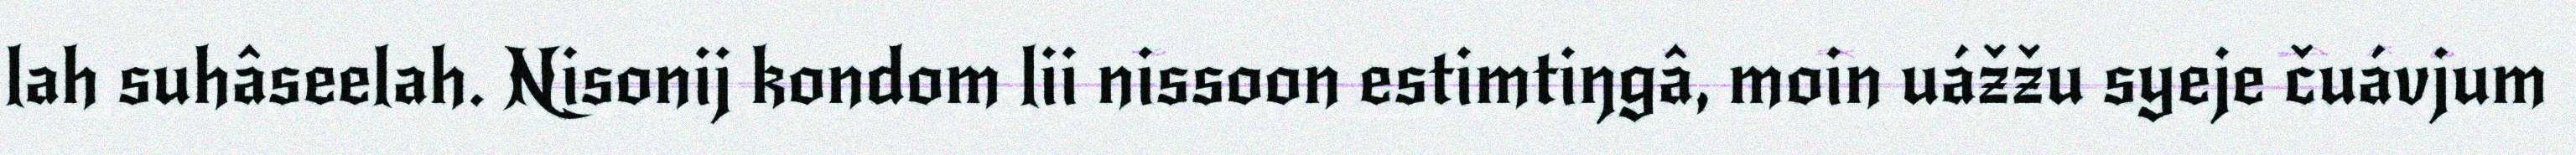
lah suhâseelah. Nisonij kondom lii nissoon estimtiŋgâ, moin uážžu syeje čuávjum